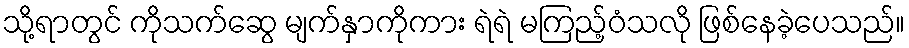
သို့ရာတွင် ကိုသက်ဆွေ မျက်နှာကိုကား ရဲရဲ မကြည့်ဝံသလို ဖြစ်နေခဲ့ပေသည်။